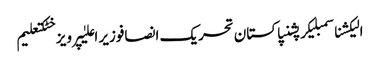
الیکشناسمبلیکرپشنپاکستان تحریک انصافوزیر اعلیٰپرویز خٹکتعلیم